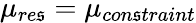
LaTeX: \mu_{re\mathfrak{s}}=\mu_{con\mathfrak{s}traint}